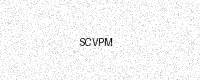
Text: SCVPM